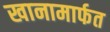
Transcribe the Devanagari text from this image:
खानामार्फत